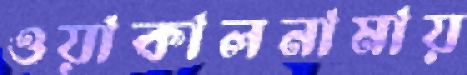
ওয়াকালনামায়